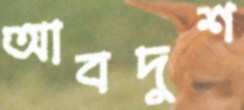
আবদুশ